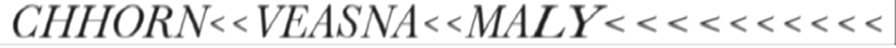
CHHORN<<VEASNA<<MALY<<<<<<<<<<